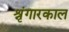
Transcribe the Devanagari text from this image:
श्रृंगारकाल